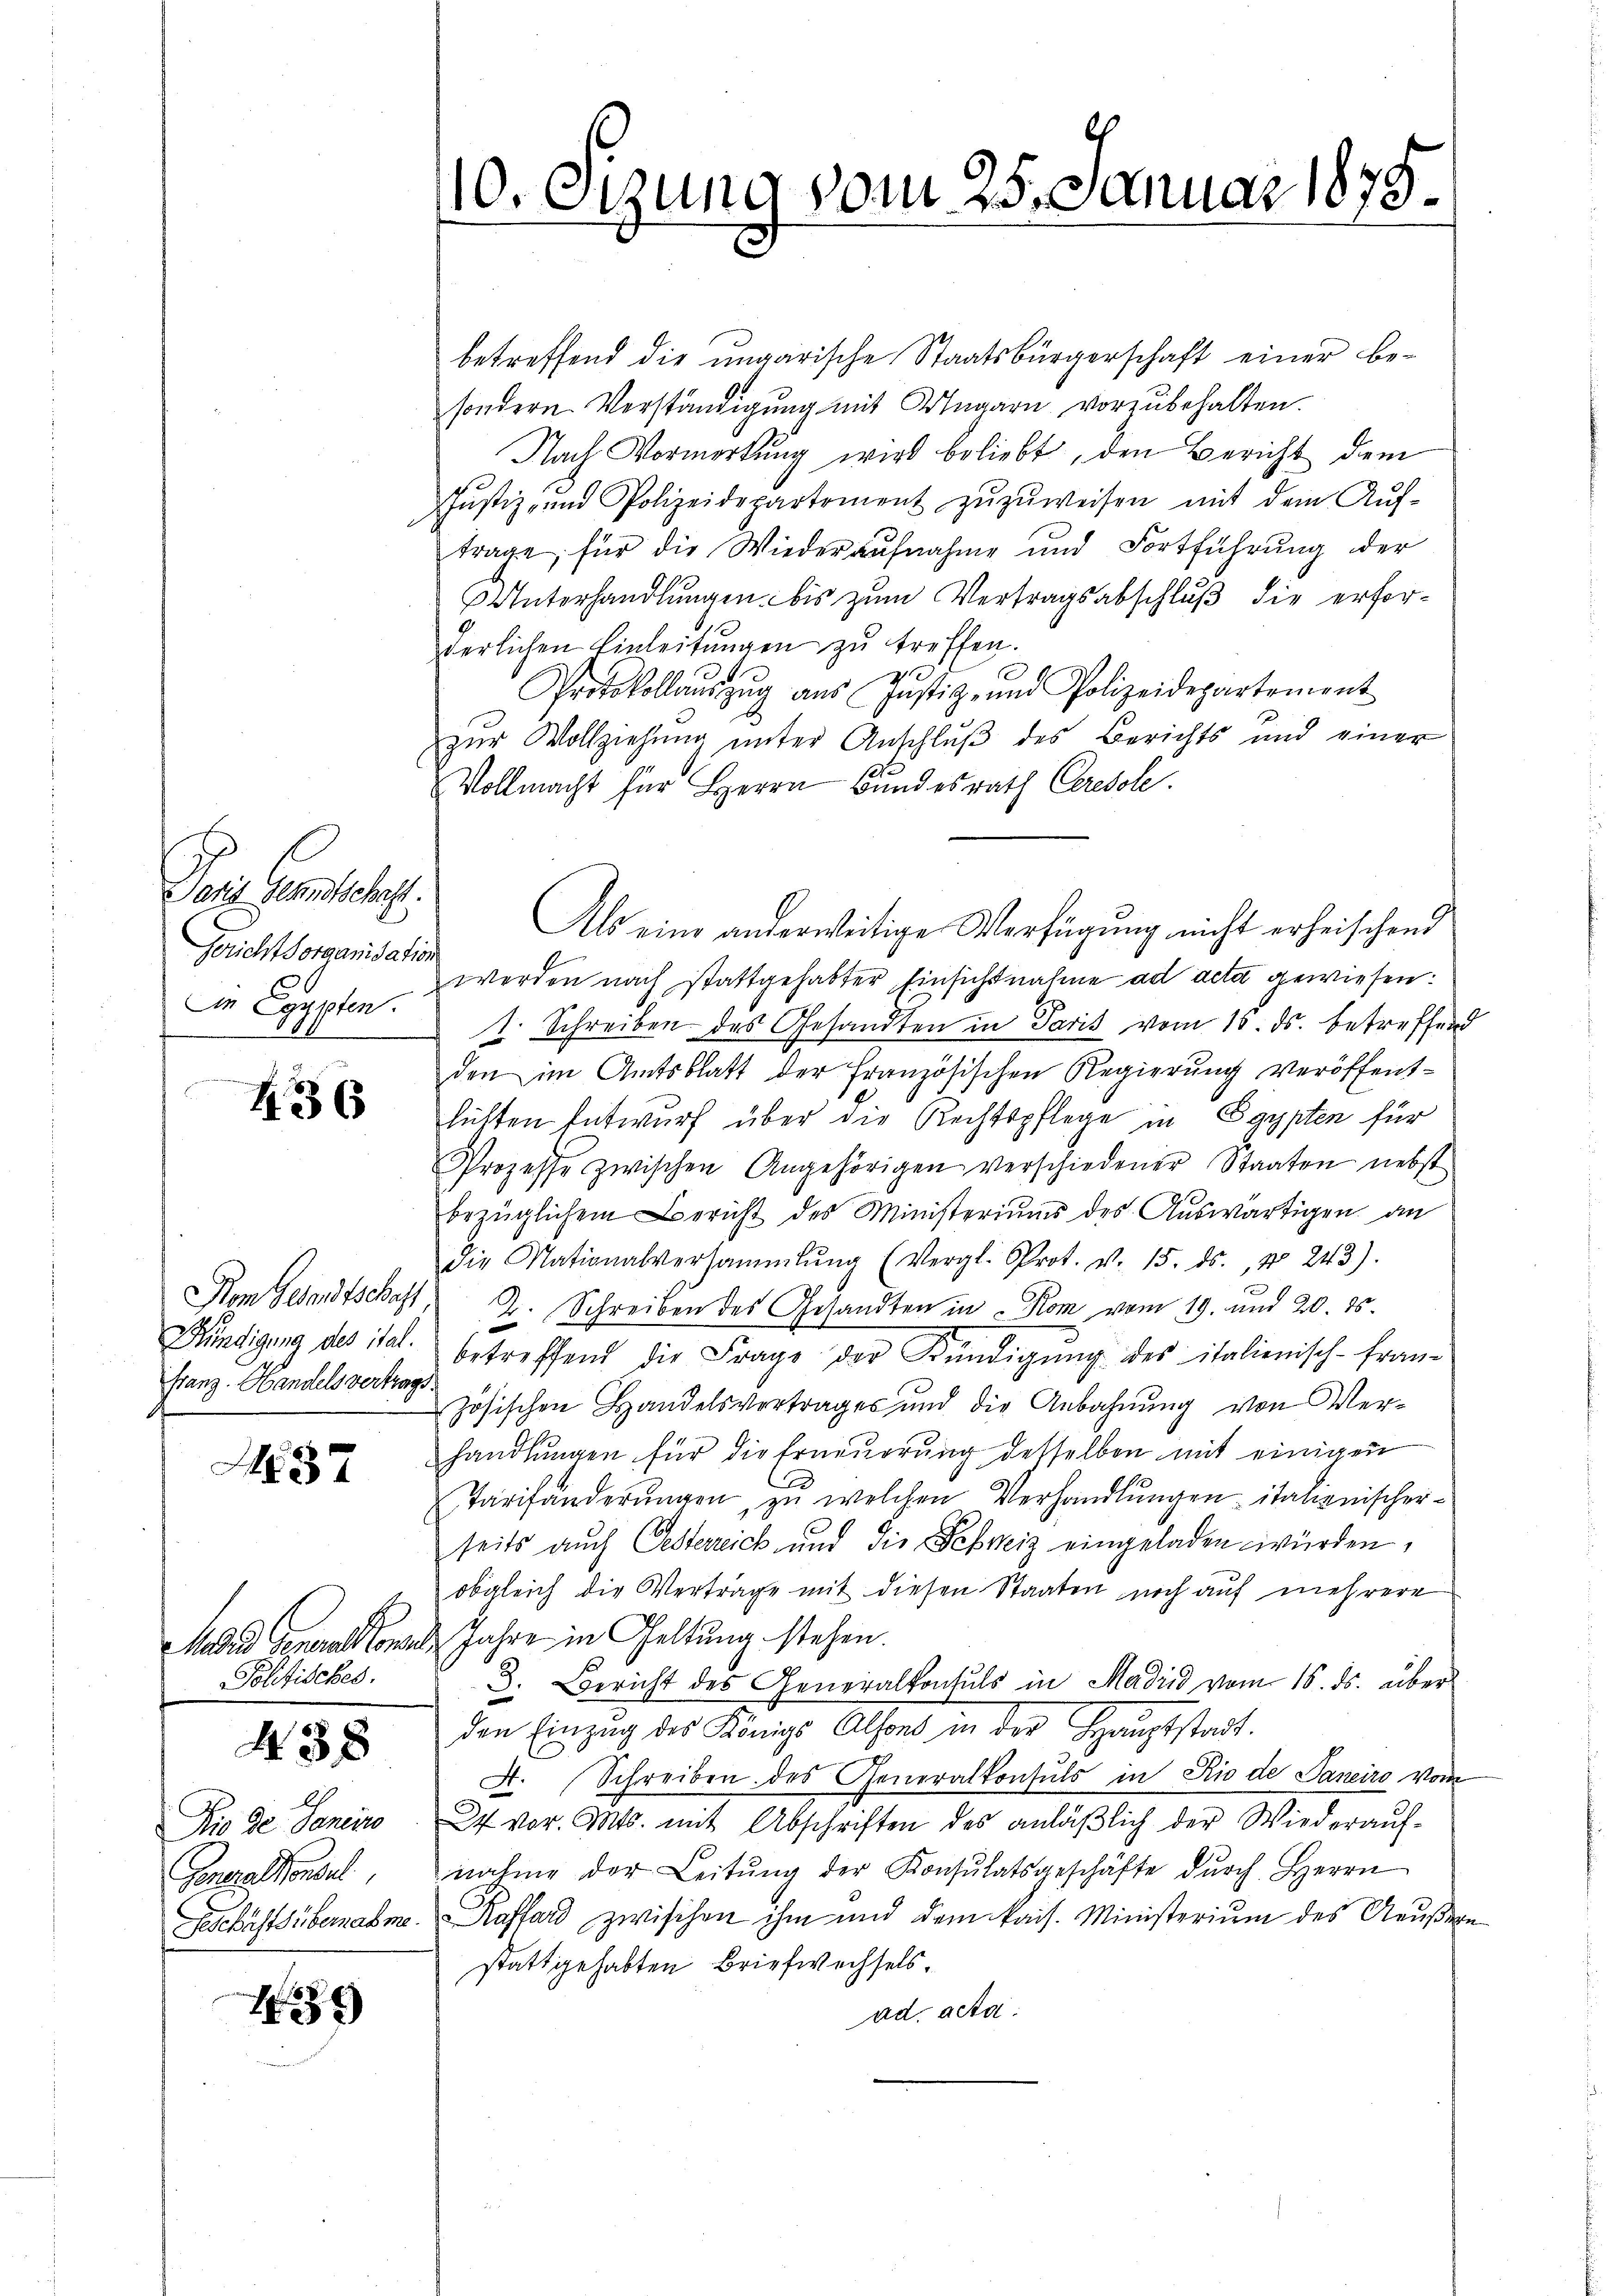
Poris Gertschaft.
Gericht sorganisation
In Egypten.

436

Franz. Handels vertrags

37

Politisches.

438

Rio de Senio
Generalkonsul

49

betreffend die ungarische Staatsbürgerschaft einer besondern Verständigung mit Ungarn vorzubehalten.
Nach Vormerkung wird beliebt, den Bericht dem
Justiz- und Polizeidepartement zŭzŭweisen mit dem Aŭf-
trage, für die Wiederaufnahme und Fortführung der
Unterhandlungen bis zum Vertragsabschluß die erforderlichen Einleitŭngen zŭ treffen.
Protokollaŭszŭg aŭs Jŭstiz- und Polizeidepartement
zur Vollziehung unter Anschluß des Berichts und einer
No
Vollmacht für Herrn Bundesrath Ceresole.
Als eine anderweitige Verfügung nicht erheischend
werden nach stattgehabter Einsichtnahme ad acta gewiesen:
1. Schreiben des Gesandten in Paris vom 18. ds. betreffend
den im Amtsblatt der Französischen Regierung veröffenthüchten Entwurf über die Rechtspflege in Egypten für
Prozesse zwischen Angehörigen verschiedener Staaten nebst
bezüglichen Bericht des Ministeriums des Auswärtigen an
die Nationalversammlung (Vergl. Prot. v. 15. ds., No 243).
3
Kom Gesandtschaft, 2. Schreiben des Gesandten in Rom vom 19. und 20. 85.
Kündigung des ital betreffend die Frage der Kündigŭng des italienisch-fran-
zösischen Handelsvertrages und die Anbahnung von Verhandlungen für die Erneuerung desselben mit einigen
Tarifänderŭngen, zu welchen Verhandlungen italienischerseits auch Oesterreich und die Schweiz eingeladen würden,
obgleich die Verträge mit diesen Staaten noch auf mehrere
Mund Generalkonses Jahre in Geltung stehen.
3. Bericht des Generalkonsuls in Madrid vom 16. ds. über
den Einzŭg des Königs Alfond in der Hauptstadt.
A. Schreiben des Generalkonsuls in Rio de Janeiro vom
27. vor. Mts. mit Abschriften des anläβlich der Wiederaŭf-
nahme der Leitŭng der Konsulatsgeschäfte dŭrch Herrn
Geschäftsübernahme. Kassard zwischen ihm und dem kais. Ministerium des Aeußern
stattgehabten Briefwechsels.
ad acta:

110. Otzung vom 25. Januar 1879.